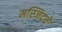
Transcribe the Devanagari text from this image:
मस्जिदचे